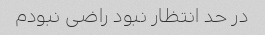
در حد انتظار نبود راضی نبودم